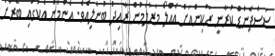
ސަސްޕެންޑް ކުރާނީ ރާކިންއަށް އެއްލޯ މަރާލަމުން ރާއިދު ބުނެލިއެވެ. އެންމެން އެކުގައި ބޭރަށް